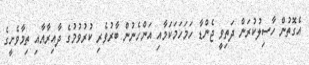
އެގޮތުން ހާސިލުކުރަން ދަތިވީ ޖެންޑާ ހަމަހަމަކަމާއި އަންހެނުން ބާރުވެރި ކުރުވުމުގެ ދާއިރާއާއި ތިމާވެށީގެ